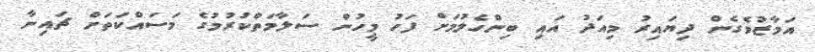
އަމާޒުވެގެން ދިޔައިރު މިއަދު އައި ބިންހެލުމަށް ފަހު މީހުން ސަލާމަތްކުރުމުގެ މަސައްކަތަށް ޗައިނާ